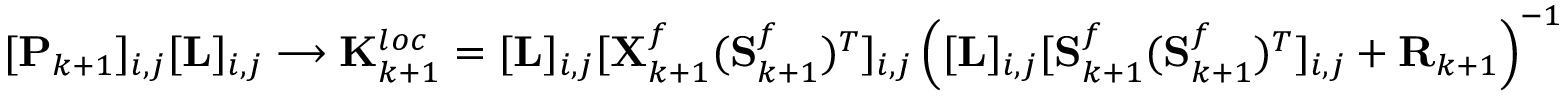
[ \mathbf { P } _ { k + 1 } ] _ { i , j } [ \mathbf { L } ] _ { i , j } \longrightarrow { \mathbf { K } _ { k + 1 } ^ { l o c } = [ \mathbf { L } ] _ { i , j } [ \mathbf { X } _ { k + 1 } ^ { f } ( \mathbf { S } _ { k + 1 } ^ { f } ) ^ { T } ] _ { i , j } \left( [ \mathbf { L } ] _ { i , j } [ \mathbf { S } _ { k + 1 } ^ { f } ( \mathbf { S } _ { k + 1 } ^ { f } ) ^ { T } ] _ { i , j } + \mathbf { R } _ { k + 1 } \right) ^ { - 1 } }